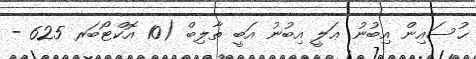
ޙުސައިން އިބުނު ޢަލީ އިބުނު އަބީ ތާލިބް (10 އޮކްޓޯބަރ 625 -